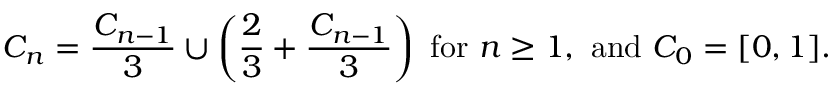
C _ { n } = { \frac { C _ { n - 1 } } { 3 } } \cup \left( { \frac { 2 } { 3 } } + { \frac { C _ { n - 1 } } { 3 } } \right) { \mathrm { ~ f o r ~ } } n \geq 1 , { \mathrm { ~ a n d ~ } } C _ { 0 } = [ 0 , 1 ] .